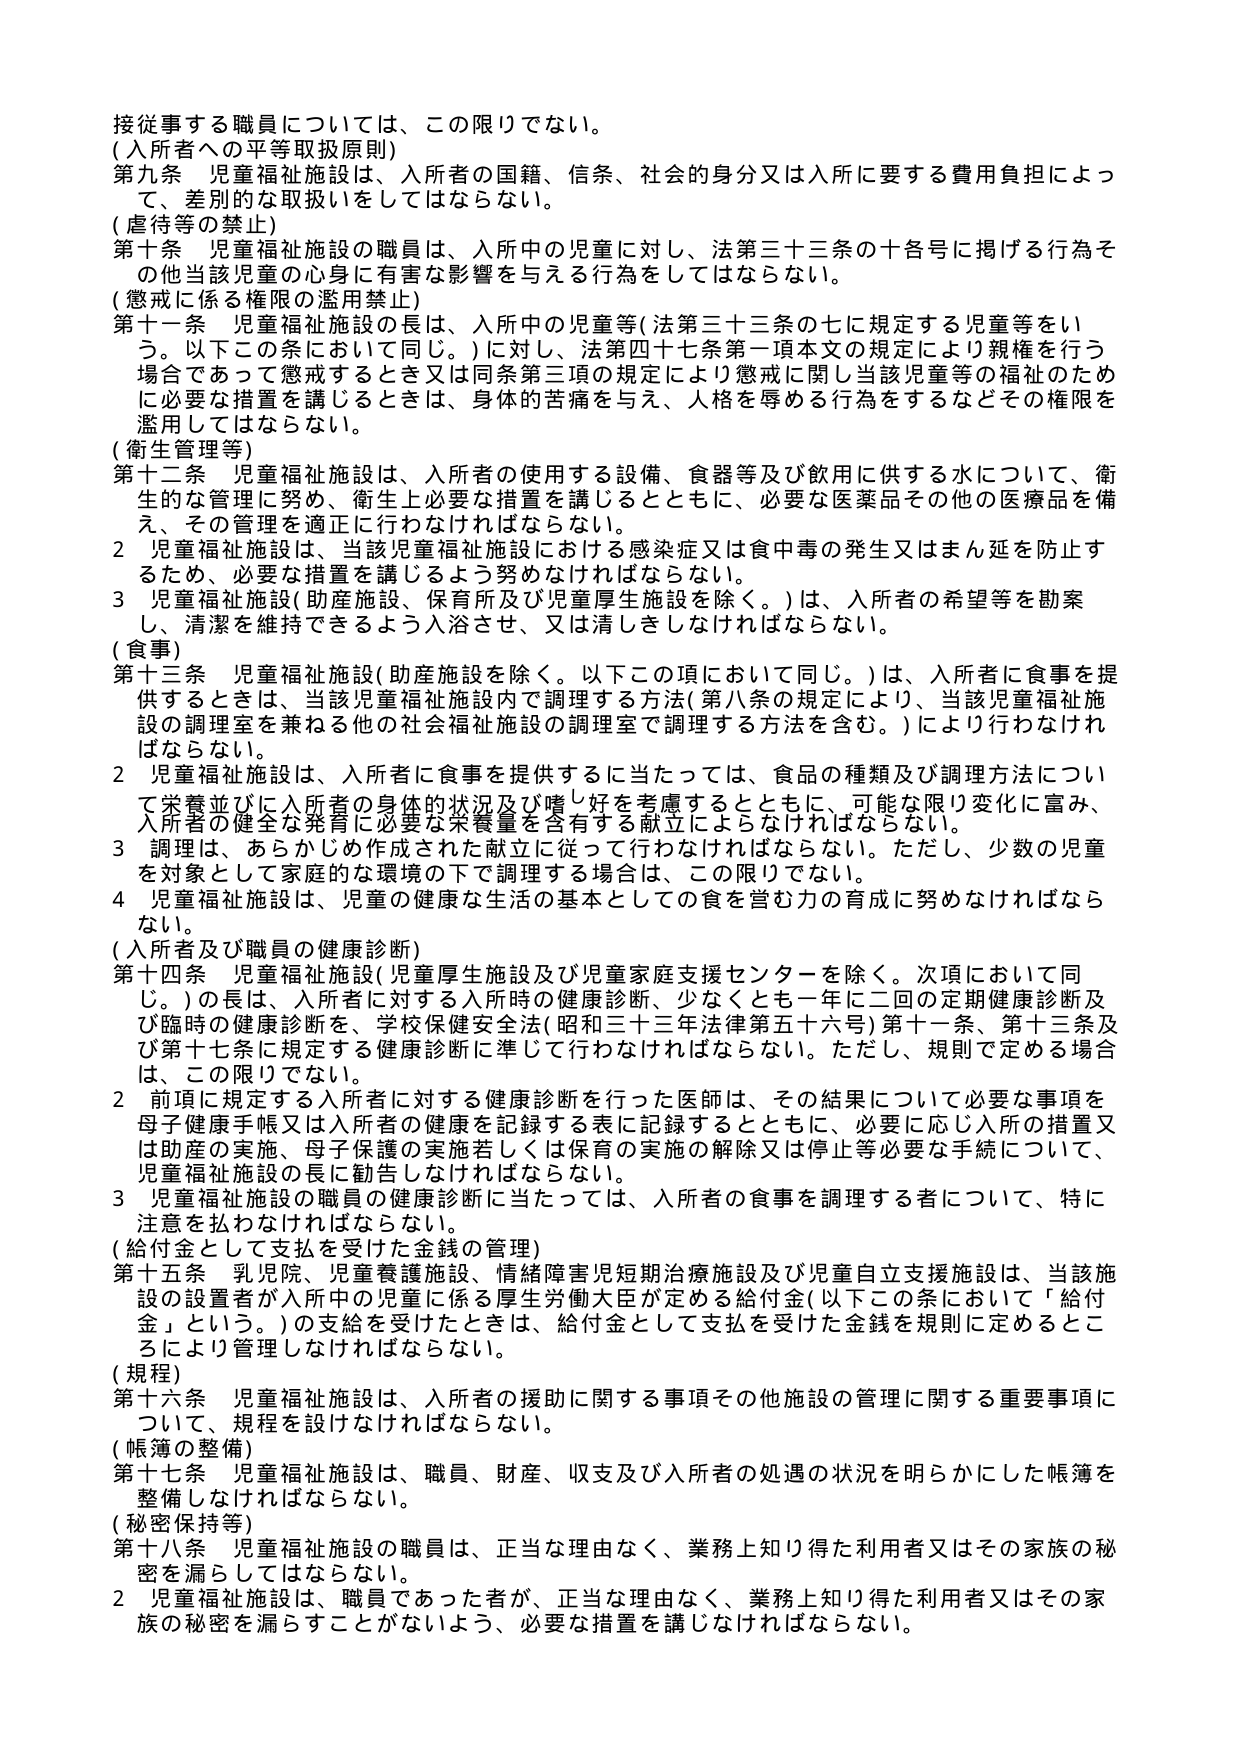
接従事する職員については、この限りでない。
(入所者への平等取扱原則)
第九条 児童福祉施設は、入所者の国籍、信条、社会的身分又は入所に要する費用負担によって、差別的な取扱いをしてはならない。
(虐待等の禁止)
第十条 児童福祉施設の職員は、入所中の児童に対し、法第三十三条の十各号に掲げる行為その他当該児童の心身に有害な影響を与える行為をしてはならない。
(懲戒に係る権限の濫用禁止)
第十一条 児童福祉施設の長は、入所中の児童等(法第三十三条の七に規定する児童等をいう。以下この条において同じ。)に対し、法第四十七条第一項本文の規定により親権を行う場合であって懲戒するととき又は同条第三項の規定により懲戒に関し当該児童等の福祉のために必要な措置を講じるときは、身体的苦痛を与え、人格を辱める行為をするなどその権限を濫用してはならない。
(衛生管理等)
第十二条 児童福祉施設は、入所者の使用する設備、食器等及び飲用に供する水について、衛生的な管理に努め、衛生上必要な措置を講じるとともに、必要な医薬品その他の医療品を備え、その管理を適正に行わなければならない。
2 児童福祉施設は、当該児童福祉施設における感染症又は食中毒の発生又はまん延を防止するため、必要な措置を講じるよう努めなければならない。
3 児童福祉施設(助産施設、保育所及び児童厚生施設を除く。)は、入所者の希望等を勘案し、清潔を維持できるよう入浴させ、又は清しきしなければならない。
(食事)
第十三条 児童福祉施設(助産施設を除く。以下この項において同じ。)は、入所者に食事を提供するときは、当該児童福祉施設内で調理する方法(第八条の規定により、当該児童福祉施設の調理室を兼ねる他の社会福祉施設の調理室で調理する方法を含む。)により行わなければならない。
2 児童福祉施設は、入所者に食事を提供するに当たっては、食品の種類及び調理方法について栄養並びに入所者の身体的状況及び嗜好を考慮するとともに、可能な限り変化に富み、入所者の健全な発育に必要な栄養量を含有する献立によらなければならない。
3 調理は、あらかじめ作成された献立に従って行わなければならない。ただし、少数の児童を対象として家庭的な環境の下で調理する場合は、この限りでない。
4 児童福祉施設は、児童の健康な生活の基本としての食を営む力の育成に努めなければならない。
(入所者及び職員の健康診断)
第十四条 児童福祉施設(児童厚生施設及び児童家庭支援センターを除く。次項において同じ。)の長は、入所者に対する入所時の健康診断、少なくとも一年に二回の定期健康診断及び臨時の健康診断を、学校保健安全法(昭和三十三年法律第五十六号)第十一条、第十三条及び第十七条に規定する健康診断に準じて行わなければならない。ただし、規則で定める場合は、この限りでない。
2 前項に規定する入所者に対する健康診断を行った医師は、その結果について必要な事項を母子健康手帳又は入所者の健康を記録する表に記録するとともに、必要に応じ入所の措置又は助産の実施、母子保護の実施若しくは保育の実施の解除又は停止等必要な手続について、児童福祉施設の長に勧告しなければならない。
3 児童福祉施設の職員の健康診断に当たっては、入所者の食事を調理する者について、特に注意を払わなければならない。
(給付金として支払を受けた金銭の管理)
第十五条 乳児院、児童養護施設、情緒障害児短期治療施設及び児童自立支援施設は、当該施設の設置者が入所中の児童に係る厚生労働大臣が定める給付金(以下この条において「給付金」という。)の支給を受けたときは、給付金として支払を受けた金銭を規則に定めるところにより管理しなければならない。
(規程)
第十六条 児童福祉施設は、入所者の援助に関する事項その他施設の管理に関する重要事項について、規程を設けなければならない。
(帳簿の整備)
第十七条 児童福祉施設は、職員、財産、収支及び入所者の処遇の状況を明らかにした帳簿を整備しなければならない。
(秘密保持等)
第十八条 児童福祉施設の職員は、正当な理由なく、業務上知り得た利用者又はその家族の秘密を漏らしてはならない。
2 児童福祉施設は、職員であった者が、正当な理由なく、業務上知り得た利用者又はその家族の秘密を漏らすことがないよう、必要な措置を講じなければならない。